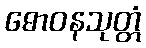
ဓောဝနသုတ္တံ